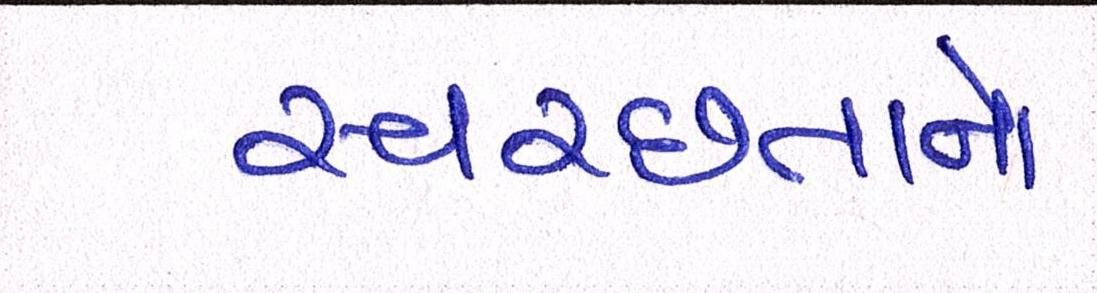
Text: સ્વચ્છતાનો